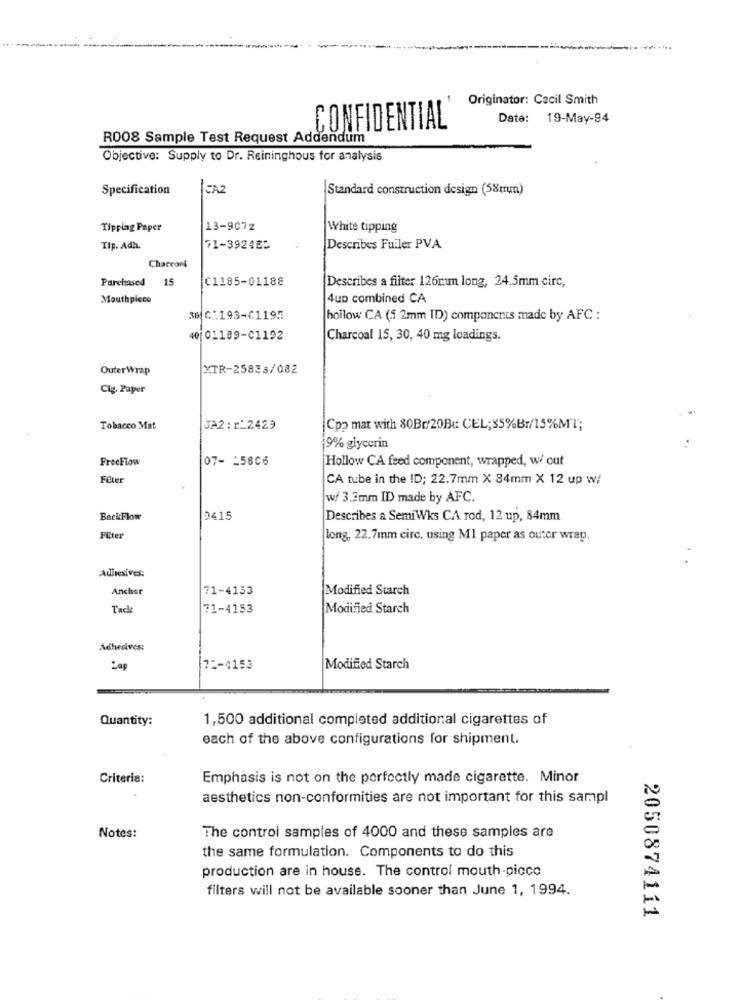
Originator: Cacil Smith
Date: 19-May-94
CONFIDENTIAL
R008 Sample Test Request Addendum
Objective: Supply to Dr. Reininghous for analysis
Specification
FAZ
Standard construction design (58mm)
Tipping Paper
13-907z
White tipping
Tip. Adlı
71-392482
Describes Fuiler PVA
Charconi
Parchased 15
C1185-01188
Describes a filter 126mm long, 24.5mm circ,
Mouthpiece
4up combined CA
30 C:193-C1195
hollow CA (5.2mm ID) components made by AFC :
101 01189-C1192
Charcoal 15, 30, 40 mg loadings.
OuterWrap
XTR-25835/082
Cig. Paper
Tobacco Mat
JA2 : r_2429
Cpp mat with 80Br/20Bu CEL; 85%Br/15%Ml;
9% glycerin
FreeFlow
07- 15806
Hollow CA feed component, wrapped, w/ out
Feter
CA tube in the ID; 22.7mm X 84mm X 12 up w/
w/ 3.3mm ID made by AFC.
BeckFlow
0415
Describes a SemiWks CA rod, 12 up, 84mm
Filter
long, 22.7mm circ, using MI paper as outer wrap.
Adiresives:
Anchor
71-4133
Modified Starch
Tack
71-4153
Modified Starch
Adhesives:
7 :- 4153
Modified Starch
Quantity:
1,500 additional completed additional cigarettes of
each of the above configurations for shipment.
Criteria:
Emphasis is not on the perfectly made cigarette. Minor
aesthetics non-conformities are not important for this sampl
Notes:
The control samples of 4000 and these samples are
the same formulation. Components to do this
production are in house. The control mouth-picco
filters will not be available sooner than June 1, 1994.
2050874111